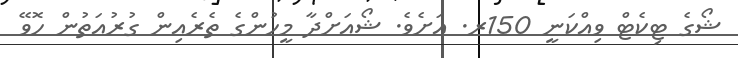
ޝޯގެ ޓިކެޓް ވިއްކަނީ 150ރ. އަށެވެ. ޝޯއަށްދާ މީހުންގެ ތެރެއިން ގުރުއަތުން ހޮވޭ